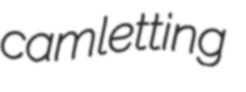
camletting